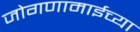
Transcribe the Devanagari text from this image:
जोगणामाईच्या